Veterinary regulations India, 1925 -
Year: 1925
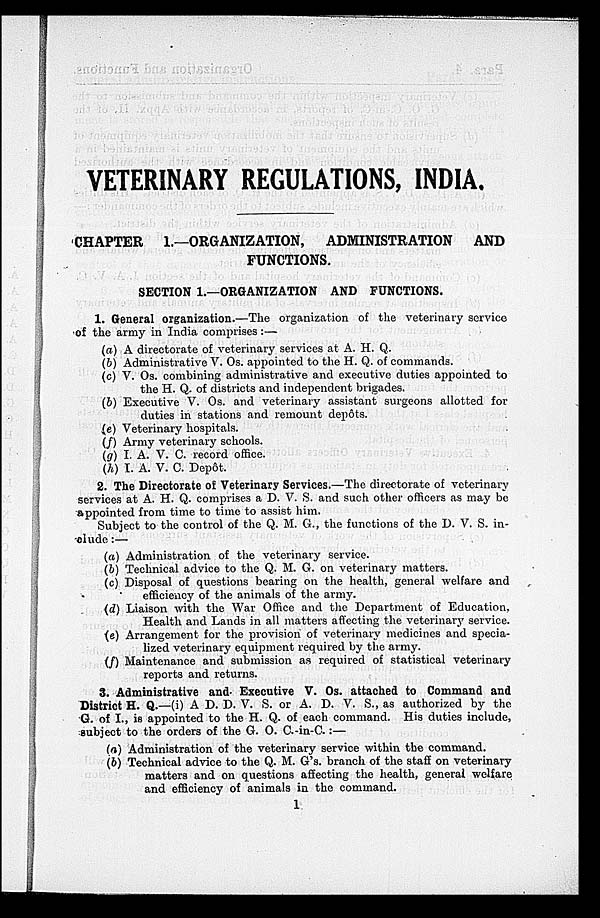
VETERINARY REGULATIONS, INDIA.
CHAPTER 1.—ORGANIZATION,
ADMINISTRATION
AND
FUNCTIONS.
SECTION 1.—ORGANIZATION AND FUNCTIONS.
1. General organization.—The organization of the veterinary service
of the army in India comprises:—
(a) A directorate of veterinary services at A. H. Q.
(b) Administrative V. Os. appointed to the H. Q. of commands.
(c) V. Os. combining administrative and executive duties appointed to
the H. Q. of districts and independent brigades.
(b) Executive V. Os. and veterinary assistant surgeons allotted for
duties in stations and remount depôts.
(e) Veterinary hospitals.
(f) Army veterinary schools.
(g) I. A. V. C. record office.
(h) I. A. V. C. Depôt.
2. The Directorate of Veterinary Services.—The directorate of veterinary
services at A. H. Q. comprises a D. V. S. and such other officers as may be
appointed from time to time to assist him.
Subject to the control of the Q. M. G., the functions of the D. V. S. in-
clude:—
(a) Administration of the veterinary service.
(b) Technical advice to the Q. M. G. on veterinary matters.
(c) Disposal of questions bearing on the health, general welfare and
efficiency of the animals of the army.
(d) Liaison with the War Office and the Department of Education,
Health and Lands in all matters affecting the veterinary service.
(e) Arrangement for the provision of veterinary medicines and specia-
lized veterinary equipment required by the army.
(f) Maintenance and submission as required of statistical veterinary
reports and returns.
3. Administrative and Executive V. Os. attached to Command and
District H. Q.—(i) A D. D. V. S. or A. D. V. S., as authorized by the
G. of I., is appointed to the H. Q. of each command. His duties include,
subject to the orders of the G. O. C.-in-C.:—
(a) Administration of the veterinary service within the command.
(b) Technical advice to the Q. M. G's. branch of the staff on veterinary
matters and on questions affecting the health, general welfare
and efficiency of animals in the command.
1